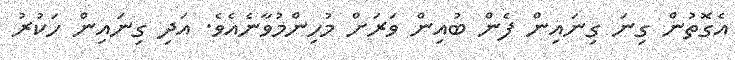
އެގޮތުން ގިނަ ގިނައިން ފެން ބުއިން ވަރަށް މުހިންމުވާނެއެވެ. އަދި ގިނައިން ހަކުރު